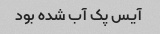
آیس پک آب شده بود